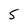
Character: S